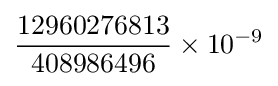
{\frac {12960276813}{408986496}}\times 10^{-9}